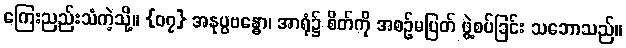
ကြေးညည်းသံကဲ့သို့။ {၀၇} အနုပ္ပဗန္ဓော၊ အာရုံ၌ စိတ်ကို အစဉ်မပြတ် ဖွဲ့စပ်ခြင်း သဘောသည်။